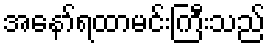
အနော်ရထာမင်းကြီးသည်